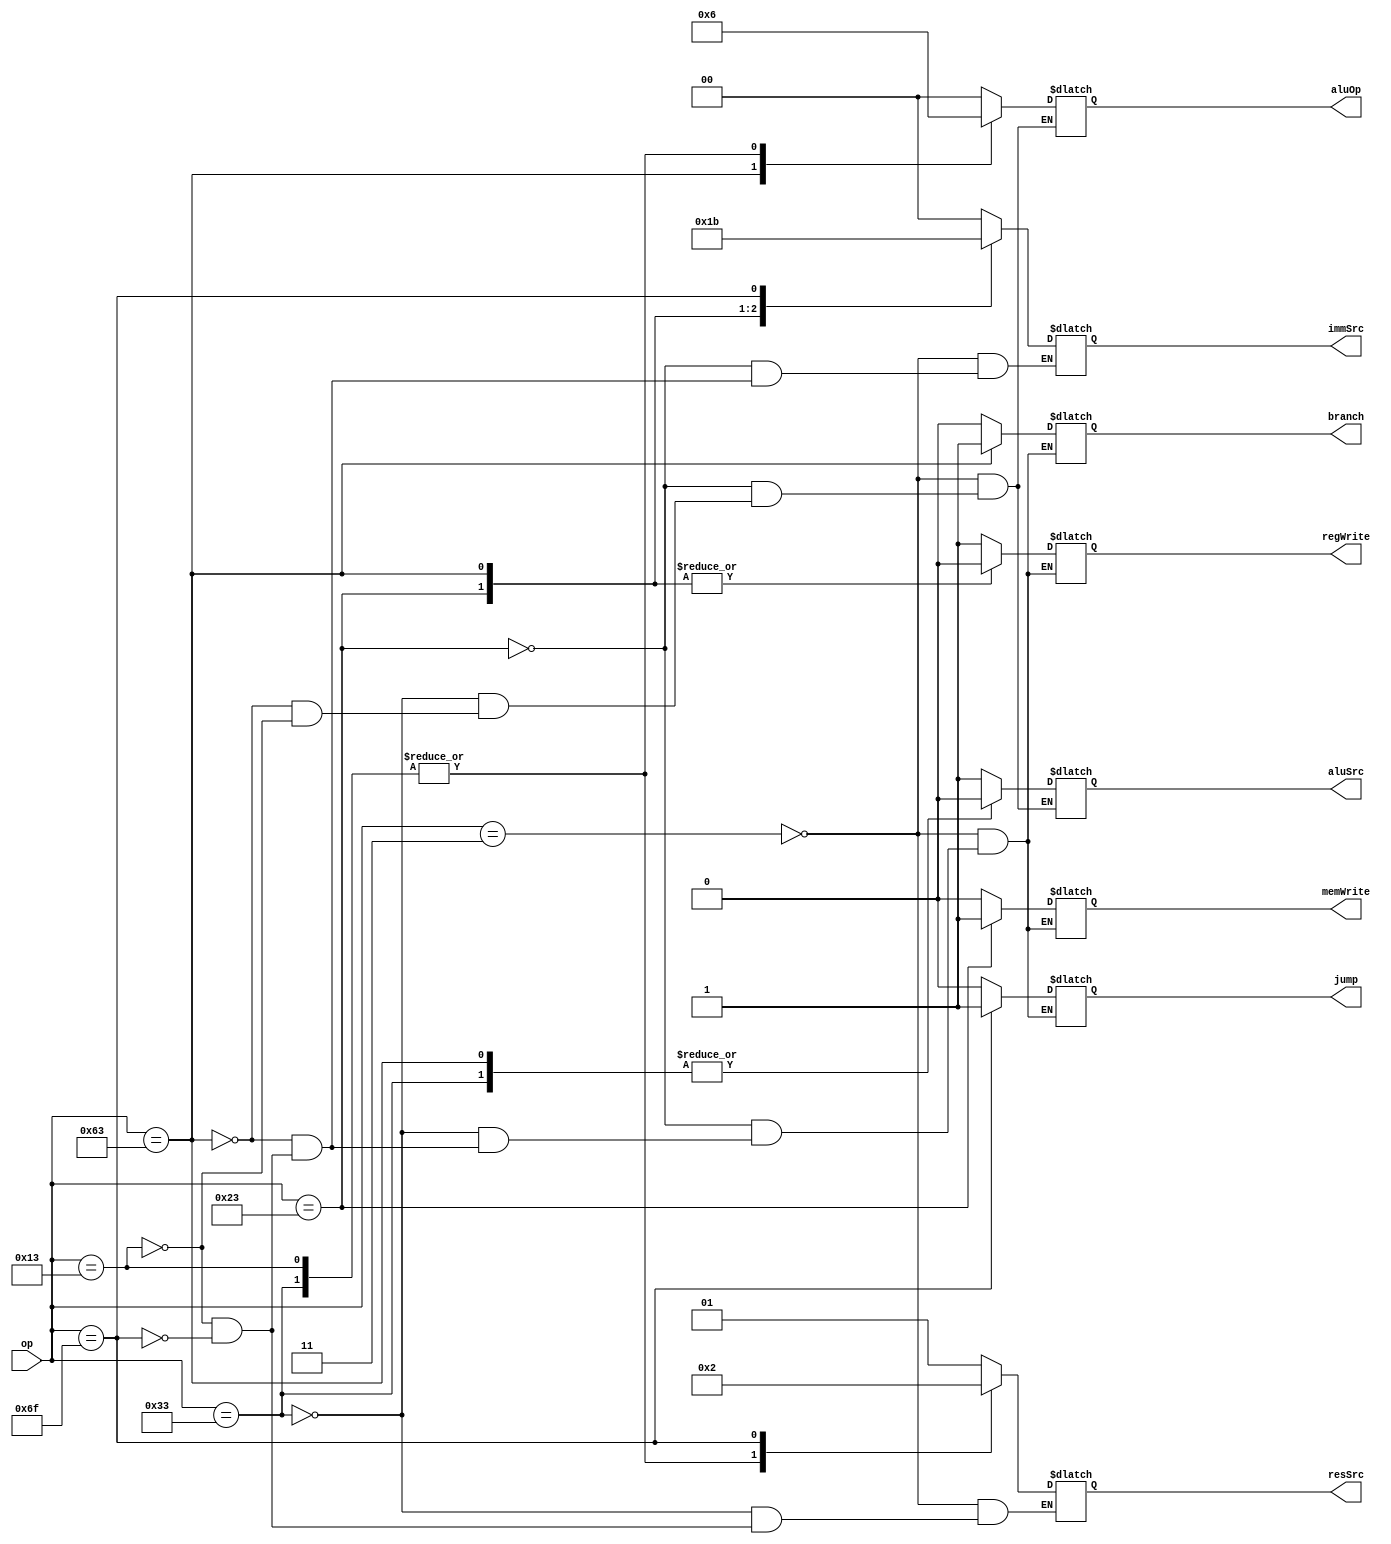
module mainDeco(
    input [6:0] op,
    output wire branch,
    output wire jump,
    output [1:0] resSrc,
    output wire memWrite,
    output wire aluSrc,
    output [1:0] immSrc,
    output wire regWrite,
    output [1:0] aluOp
);

reg branchAux = 0;
reg jumpAux = 0;
reg [1:0] resSrcAux = 0;
reg memWriteAux = 0;
reg aluSrcAux = 0;
reg [1:0] immSrcAux = 0;
reg regWriteAux = 0;
reg [1:0] aluOpAux = 0;

always @(*)
begin
    case (op)
        3:      //lw
        begin
            branchAux = 0;
            jumpAux = 0;
            resSrcAux = 2'b01;
            memWriteAux = 0;
            aluSrcAux = 1;
            immSrcAux = 2'b00;
            regWriteAux = 1;
            aluOpAux = 2'b00;
        end
        35:     //sw
        begin
            branchAux = 0;
            jumpAux = 0;
            memWriteAux = 1;
            aluSrcAux = 1;
            immSrcAux = 2'b01;
            regWriteAux = 0;
            aluOpAux = 2'b00;
        end
        51:     //R-Type
        begin
            branchAux = 0;
            jumpAux = 0;
            resSrcAux = 2'b00;
            memWriteAux = 0;
            aluSrcAux = 0;
            regWriteAux = 1;
            aluOpAux = 2'b10;
        end
        99:     //B-Type
        begin
            branchAux = 1;
            jumpAux = 0;
            memWriteAux = 0;
            aluSrcAux = 0;
            immSrcAux = 2'b10;
            regWriteAux = 0;
            aluOpAux = 2'b01;
        end
        19:     //I-Type
        begin
            branchAux = 0;
            jumpAux = 0;
            resSrcAux = 2'b00;
            memWriteAux = 0;
            aluSrcAux = 1;
            immSrcAux = 2'b00;
            regWriteAux = 1;
            aluOpAux = 2'b10;
        end
        111:        //jal
        begin
            branchAux = 0;
            jumpAux = 1;
            resSrcAux = 2'b10;
            memWriteAux = 0;
            immSrcAux = 2'b11;
            regWriteAux = 1;
        end
    endcase
end

assign branch = branchAux;
assign jump = jumpAux;
assign resSrc = resSrcAux;
assign memWrite = memWriteAux;
assign aluSrc = aluSrcAux;
assign immSrc = immSrcAux;
assign regWrite = regWriteAux;
assign aluOp = aluOpAux;

endmodule